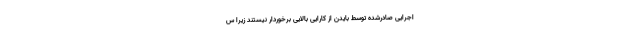
اجرایی صادرشده توسط بایدن از کارایی بالایی برخوردار نیستند زیرا س